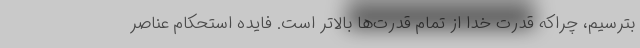
بترسیم، چراکه قدرت خدا از تمام قدرت‌ها بالاتر است. فایده استحکام عناصر